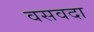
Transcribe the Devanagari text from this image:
वसवदा